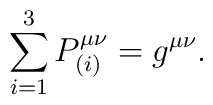
\sum_{i=1}^3 P^{\mu\nu}_{(i)}=g^{\mu\nu}.